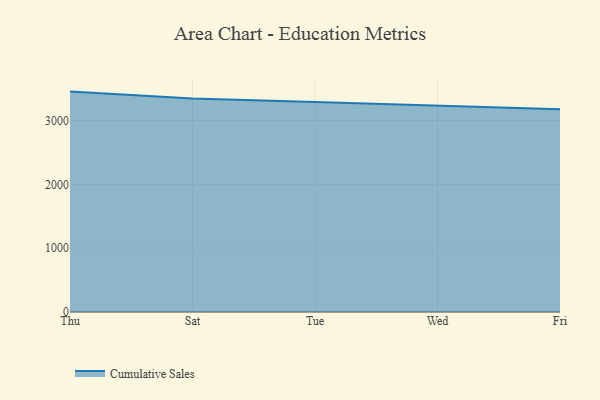
{"axis": {"x": "Day", "y": "Page Views"}, "legend": ["Cumulative Sales"], "data": [{"x": "Thu", "y": 3452.6, "type": "Cumulative Sales"}, {"x": "Sat", "y": 3345.9, "type": "Cumulative Sales"}, {"x": "Tue", "y": 3290.5, "type": "Cumulative Sales"}, {"x": "Wed", "y": 3237.7, "type": "Cumulative Sales"}, {"x": "Fri", "y": 3174.8, "type": "Cumulative Sales"}]}